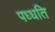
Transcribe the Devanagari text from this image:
पध्धति